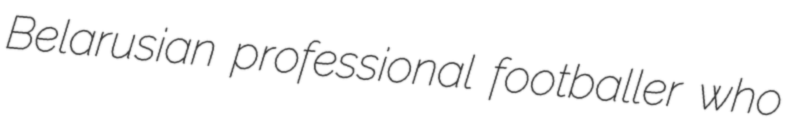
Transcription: Belarusian professional footballer who